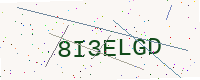
Text: 8I3ELGD